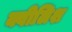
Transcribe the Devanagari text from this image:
क्वीलिश